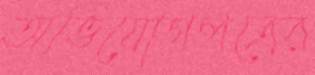
অভিযোগপত্রের